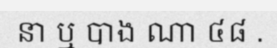
នា ឬ បាង ណា ៤៨ .